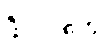
ဖီလင်တွေ